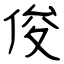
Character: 俊